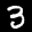
Label: 3